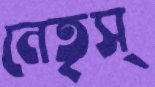
নেতৃস্